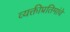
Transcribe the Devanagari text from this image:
व्यक्तीप्रतिमांचे